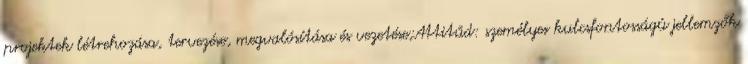
projektek létrehozása, tervezése, megvalósítása és vezetése;Attitűd: személyes kulcsfontosságú jellemzők